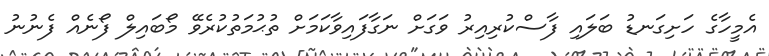
އެމީހާގެ ހަށިގަނޑު ބަލައި ފާސްކުރިއިރު ވަގަށް ނަގާފައިވާކަމަށް ތުޙުމަތުކުރެވޭ މޯބައިލް ފޯނެއް ފެނުނު